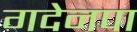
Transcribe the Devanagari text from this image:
गदेनपा